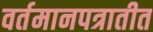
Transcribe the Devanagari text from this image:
वर्तमानपत्रातीत